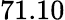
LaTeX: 71.10